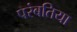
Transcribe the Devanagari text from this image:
परंबतिया